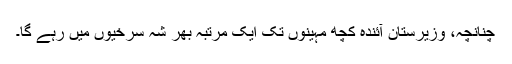
چنانچہ، وزیرستان آئندہ کچھ مہینوں تک ایک مرتبہ بھر شہ سرخیوں میں رہے گا۔